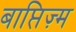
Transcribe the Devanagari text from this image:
बाप्तिज़्म